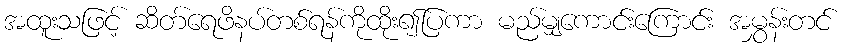
အထူးသဖြင့် ဆိတ်ရေဖိနပ်တစ်ရန်ကိုထိုး၍ပြကာ မည်မျှကောင်းကြောင်း အမွှန်းတင်